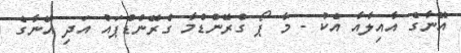
އޭނާގެ އާއިލާއާ އެކު - މާ ޕޯ ގްރޭންޑްމާ ގްރޭންޑްޕައު އަދި އޭނާގެ